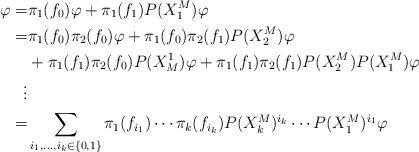
LaTeX: \begin{align*} \varphi =& \pi_1(f_0) \varphi + \pi_1(f_1) P(X^M_1) \varphi \\=& \pi_1(f_0) \pi_2(f_0) \varphi + \pi_1(f_0) \pi_2(f_1) P(X^M_2) \varphi \\&+ \pi_1(f_1) \pi_2(f_0) P(X_M^1) \varphi + \pi_1(f_1)\pi_2(f_1)P(X^M_2)P(X^M_1) \varphi \\\vdots& \\=& \sum_{i_1, \ldots,i_k \in \{0,1\}} \pi_1(f_{i_1}) \cdots \pi_k(f_{i_k}) P(X^M_k)^{i_k} \cdots P(X^M_1)^{i_1} \varphi \end{align*}